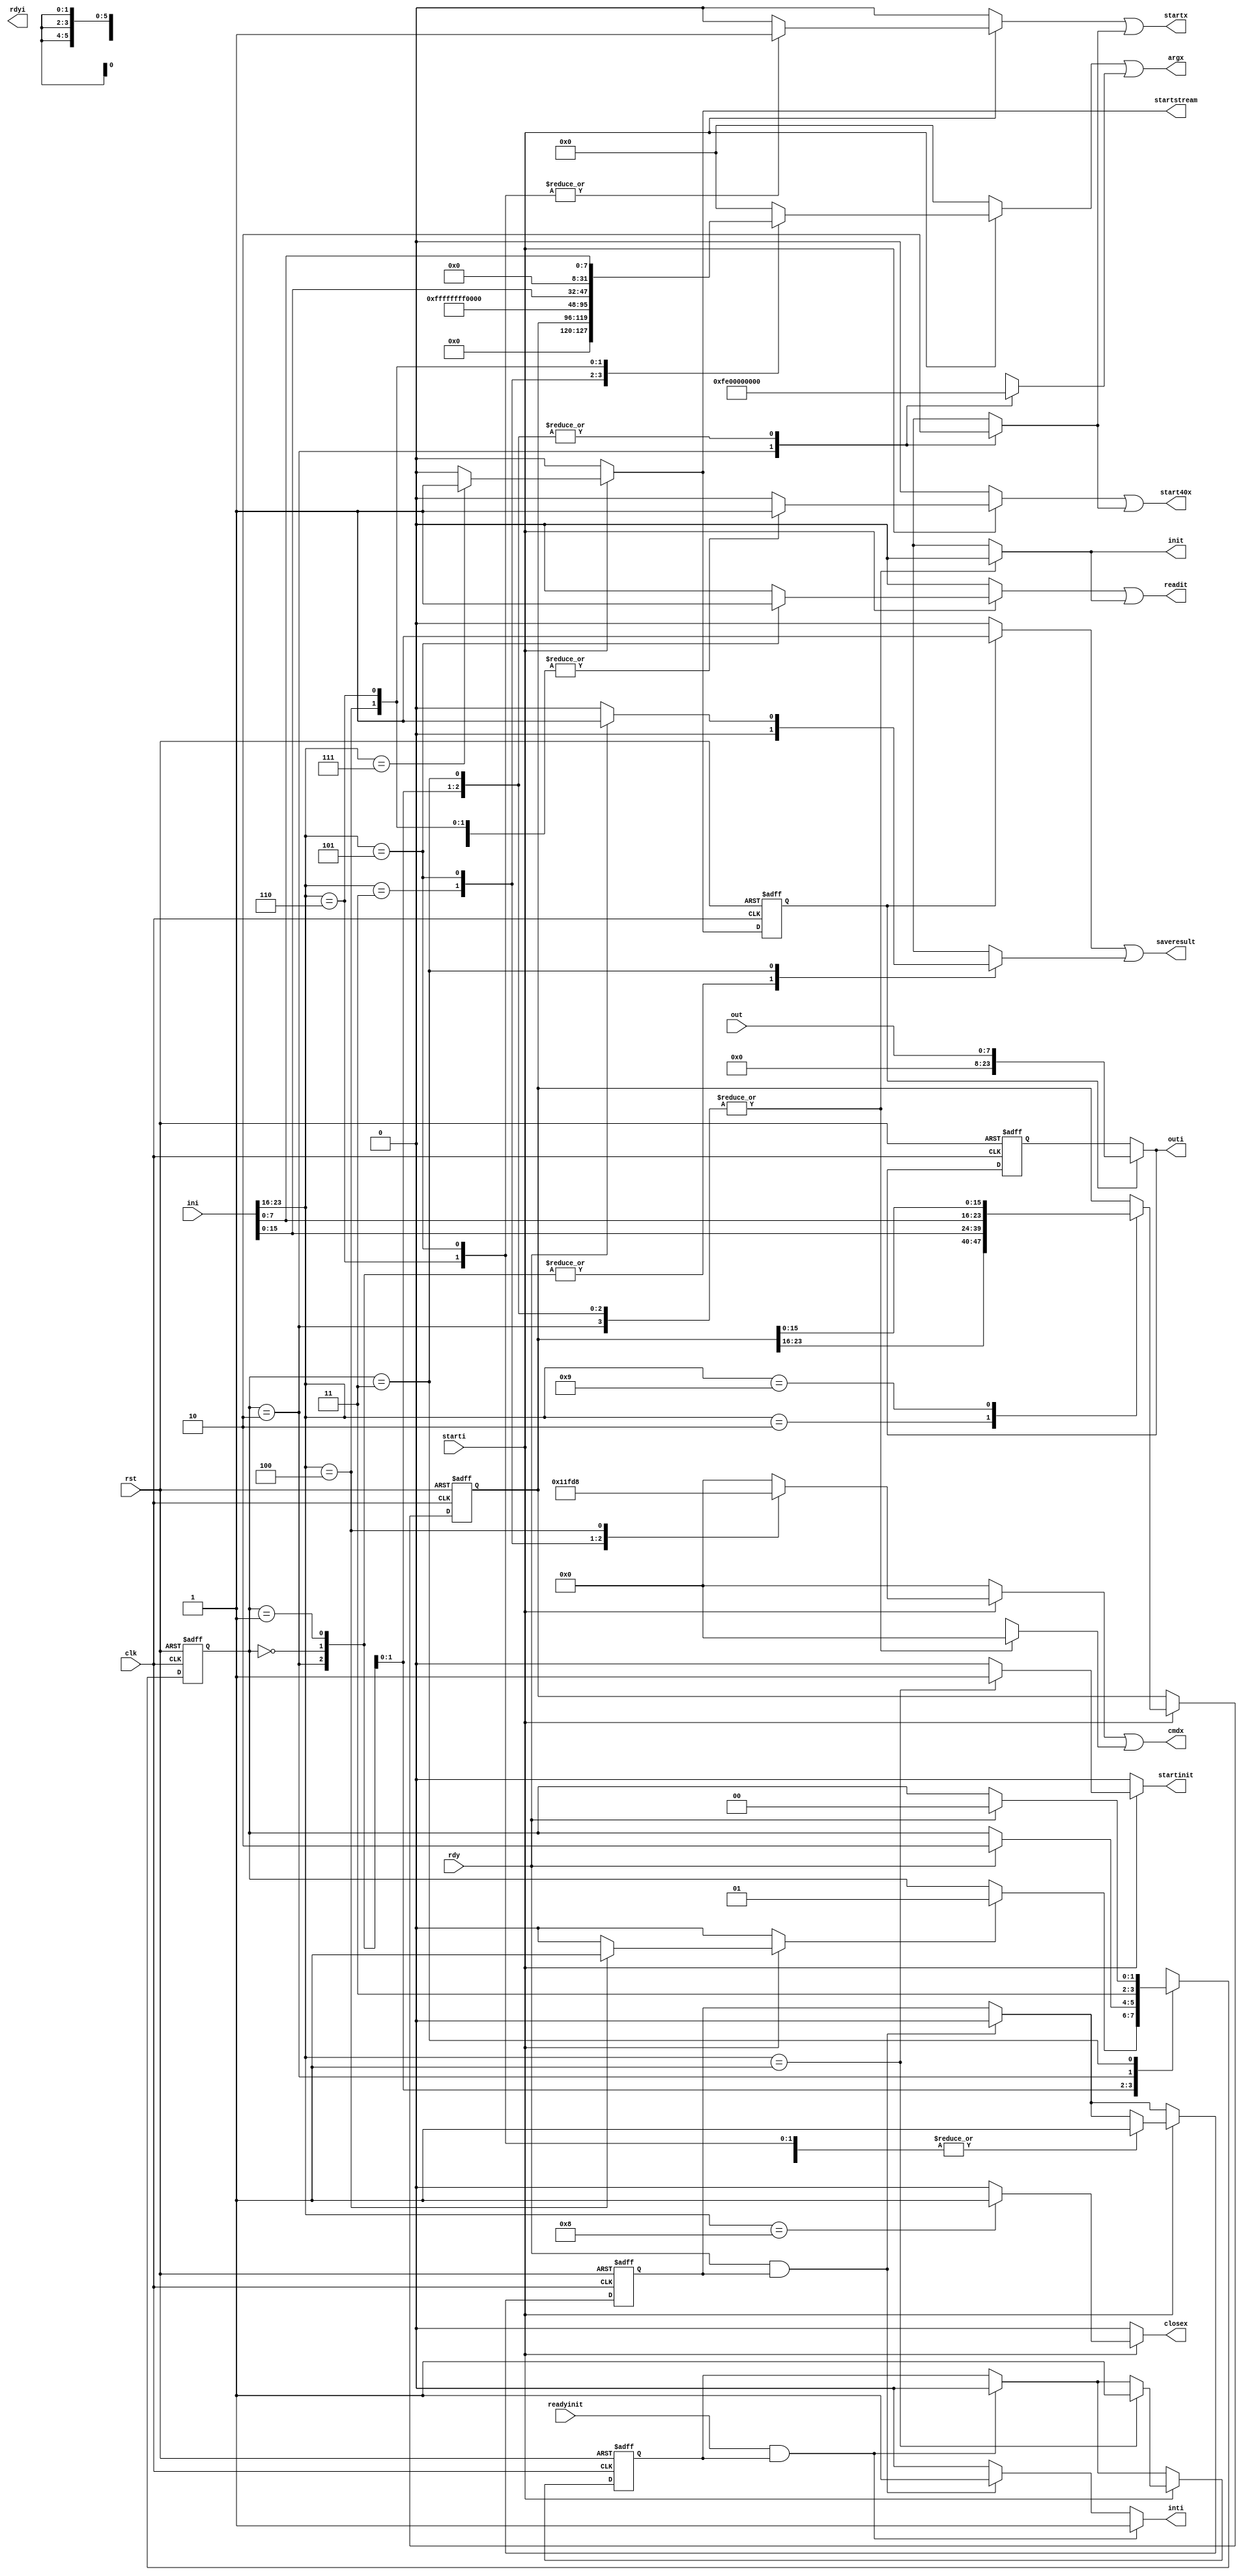
module mandisk(
	input clk,
	input rst,
	
	input[23:0] ini,
	input starti,
	
	output saveresult,
	
	output inti,
	output reg[23:0] outi,
	output reg rdyi,
	
	output reg startstream,
	
	output reg startinit,
	input readyinit,
	
	output[5:0] cmdx,
	output[31:0] argx,
	output startx,
	output init,
	output start40x,
	output readit,
	output reg closex,
	
	input[7:0] out,
	input rdy
);

localparam NOP = 8'd0;
localparam INIT = 8'd1;
localparam BLOCK = 8'd2;
localparam BIGBLOCK = 8'd9;
localparam OREAD = 8'd3;
localparam OWRITE = 8'd4;
localparam READ = 8'd5;
localparam WRITEBYTE = 8'd6;
localparam READBYTE = 8'd7;
localparam CLOSE = 8'd8;

reg rdyx = 0;
reg f_rdyx = 0;

reg rdyix = 0;
reg f_rdyix = 0;

reg[23:0] f_outi = 0;
reg[23:0] f_block;
reg[23:0] n_block;

reg f_rrdyx = 0;
reg f_rrrdyx = 0;

reg rrdyx = 0;
reg rrrdyx = 0;

reg[1:0] f_open = 0;
reg[1:0] n_open = 0;

reg[5:0] cmdxx;
reg[31:0] argxx;
reg startxx;
reg initx;
reg start40xx;
reg readitx;

reg[5:0] cmdxxx;
reg[31:0] argxxx;
reg startxxx;
reg initxx;
reg start40xxx;
reg readitxx;

always@(posedge clk or posedge rst)
	if(rst) begin
		f_open = 0;
	end else
	begin
		f_open = n_open;
	end
	
always@(posedge clk or posedge rst)
	if(rst) begin
		f_rdyix <= 0;
		f_rdyx <= 0;
		f_outi <= 0;
		f_block <= 0;
		f_rrdyx <= 0;
		f_rrrdyx <= 0;
		end
	else begin
		f_rdyix <= rdyix; 
		f_rrdyx <= rrdyx;
		f_rrrdyx <= rrrdyx;
		f_block <= n_block;
		f_outi <= outi;
		f_rdyx <= rdyx;
		end

always@(*)begin
	rdyx = f_rdyx;
	n_block = f_block;
	rdyix  = f_rdyix;
	
	rrdyx = 0;
	rrrdyx = 0;
	
	startinit = 0;
	startstream = 0;
	
	cmdxx = 0;
	argxx = 0;
	startxx = 0;
	initx = 0;
	start40xx = 0;
	readitx = 0;
	closex = 0;
	
	if(rdy && f_rdyx) rdyx = 0;
	if(readyinit && f_rdyix) rdyix = 0;
	
	if(starti)
		case(ini[23:16])
			NOP:;
			INIT:begin
				cmdxx = 0; // INIT
				argxx = 0;
				startinit = 1;
				
				startxx = 0;
				initx = 0;
				start40xx = 0;
				readitx = 0;
				
				rdyix = 1;
			end
			BLOCK: begin
				n_block = {f_block[23:16],ini[15:0]};
			end
			BIGBLOCK: begin
				n_block = {ini[7:0],f_block[15:0]};
			end
			OREAD: begin
				cmdxx = 17; // OSTREAM
				argxx = f_block;
				
				initx = 0;
				startxx = 0;
				
				readitx = 0;
				start40xx = 1;
				rdyx = 1;
			end
			READ: begin
				cmdxx = 7'hFF; // READ
				argxx = 32'hFFFFFFFF;
				
				initx = 0;
				startxx = 1;
				
				readitx = 1;
				start40xx = 0;
				rdyx = 1;
			end
			READBYTE: begin
				cmdxx = 0; // READBYTE
				argxx = 0;
				
				startstream = 1;
				
				initx = 0;
				startxx = 0;
				readitx = 0;
				start40xx = 0;
				
				rrdyx = 1;
			end
			OWRITE: begin
				cmdxx = 24; // OWRITE
				argxx = ini[15:0];

				initx = 0;
				startxx = 0;

				readitx = 0;
				start40xx = 1;
				
				rrrdyx = 1;
			 end
			 WRITEBYTE:begin // WRITEBYTE
				cmdxx = 0;
				argxx = {8'b0,ini[7:0]};
				
				initx = 0;
				startxx = 1;
				
				readitx = 0;
				start40xx =1;
				
				rdyx = 1;
			 end
			 CLOSE: begin
				cmdxx = 0;  // CLOSE
				argxx = 0;
				
				initx = 0;
				startxx = 0;
				
				closex = 1;
				
				readitx = 0;
				start40xx =0;
				
				rdyx = 1;
			 end
		endcase
end

reg inti1;
reg inti2;
reg inti3;

always@(*) begin
	
	inti1 = 0;
	
	if(rdy && f_rdyx) inti1 = 1;
	
	if(readyinit && f_rdyix) inti1 = 1;
end

always@(*) begin
	
	outi = f_outi;
	inti2 = 0;
	
	if(f_rrdyx) begin
		inti2 = 1;
		outi = {16'b0,out};
	end
end

always@(*)begin
	inti3 = 0;
	n_open = f_open;
	
	cmdxxx = 0;
	argxxx = 0;
	startxxx = 0;
	initxx = 0;
	start40xxx = 0;
	readitxx = 0;
	
	case(f_open)
		0: if(rrrdyx) n_open = 1;
		1: if(rdy) n_open = 2;
		2: begin
			n_open = 3;
			
			cmdxxx = 0;
			argxxx = 8'hFE;
			startxxx = 1;
			initxx = 0;
			start40xxx = 1;
			readitxx = 0;
			
		end
		3: if(rdy) begin
			n_open = 0;
			inti3 = 1;
			end
	endcase
	
end

assign cmdx = cmdxx | cmdxxx;
assign argx = argxx | argxxx;
assign startx = startxx | startxxx;
assign init = initx | initxx;
assign start40x = start40xx | start40xxx;
assign readit = readitx | readitxx;

assign saveresult = inti2 | inti3;
assign inti = inti1;
endmodule